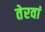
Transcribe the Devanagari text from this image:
तेरवां